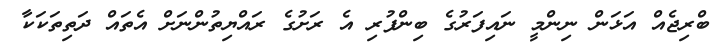
ބްރިޖެއް އަޅަން ނިންމީ ނައިފަރުގެ ބިންފުރި އެ ރަށުގެ ރައްޔިތުންނަށް އެތައް ދަތިތަކަކާ